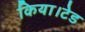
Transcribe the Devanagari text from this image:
किया।टेड